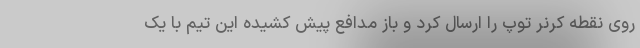
روی نقطه کرنر توپ را ارسال کرد و باز مدافع پیش کشیده این تیم با یک